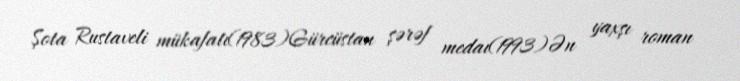
Şota Rustaveli mükafatı(1983)Gürcüstan şərəf medaı(1993)Ən yaxşı roman